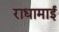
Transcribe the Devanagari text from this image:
राधामाई